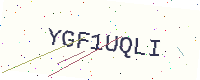
Text: YGF1UQLI